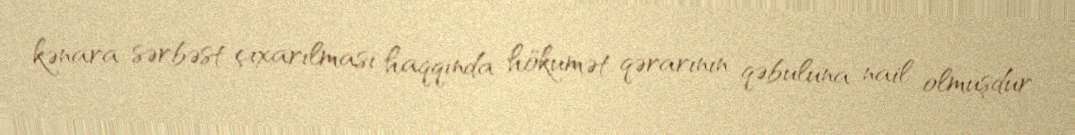
kənara sərbəst çıxarılması haqqında hökumət qərarının qəbuluna nail olmuşdur.